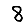
Digit: 8